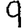
Digit: 9